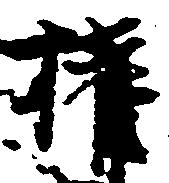
権